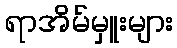
ရာအိမ်မှူးများ